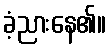
ခံ့ညားနေ၏။